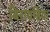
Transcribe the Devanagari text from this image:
बिरायडिया